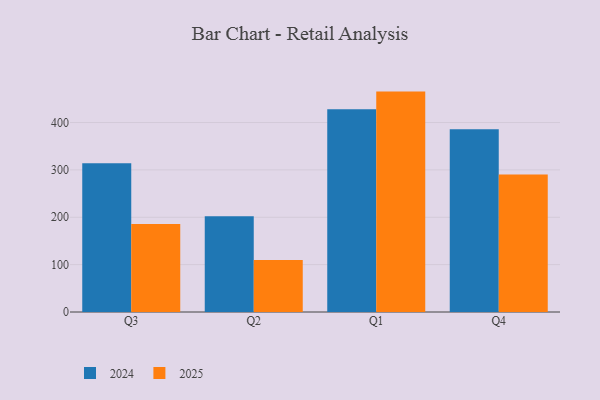
{"axis": {"x": "Quarter", "y": "Budget (USD K)"}, "legend": ["2024", "2025"], "data": [{"x": "Q3", "y": 313.9, "type": "2024"}, {"x": "Q3", "y": 185.6, "type": "2025"}, {"x": "Q2", "y": 202.0, "type": "2024"}, {"x": "Q2", "y": 109.6, "type": "2025"}, {"x": "Q1", "y": 427.8, "type": "2024"}, {"x": "Q1", "y": 465.3, "type": "2025"}, {"x": "Q4", "y": 385.7, "type": "2024"}, {"x": "Q4", "y": 290.3, "type": "2025"}]}